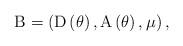
LaTeX: \begin{align*}{\rm B} =\left( {\rm D}\left( \theta \right), {\rm A}\left(\theta \right), \mu \right),\end{align*}